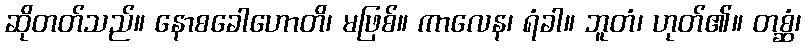
ဆိုတတ်သည်။ နောစခေါဟောတိ၊ မဖြစ်။ ကာလေန၊ ရံခါ။ ဘူတံ၊ ဟုတ်၏။ တစ္ဆံ၊